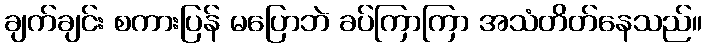
ချက်ချင်း စကားပြန် မပြောဘဲ ခပ်ကြာကြာ အသံတိတ်နေသည်။